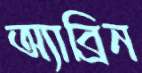
অ্যাব্রিন